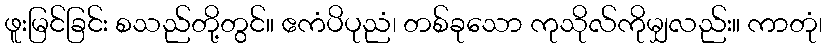
ဖူးမြင်ခြင်း စသည်တို့တွင်။ ဧကံပိပုညံ၊ တစ်ခုသော ကုသိုလ်ကိုမျှလည်း။ ကာတုံ၊